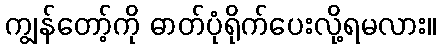
ကျွန်တော့်ကို ဓာတ်ပုံရိုက်ပေးလို့ရမလား။